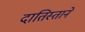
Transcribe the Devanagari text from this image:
दातिस्ताने